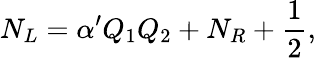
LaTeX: N_{L}=\alpha^{\prime}Q_{1}Q_{2}+N_{R}+{\frac{1}{2}},